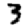
Digit: 3